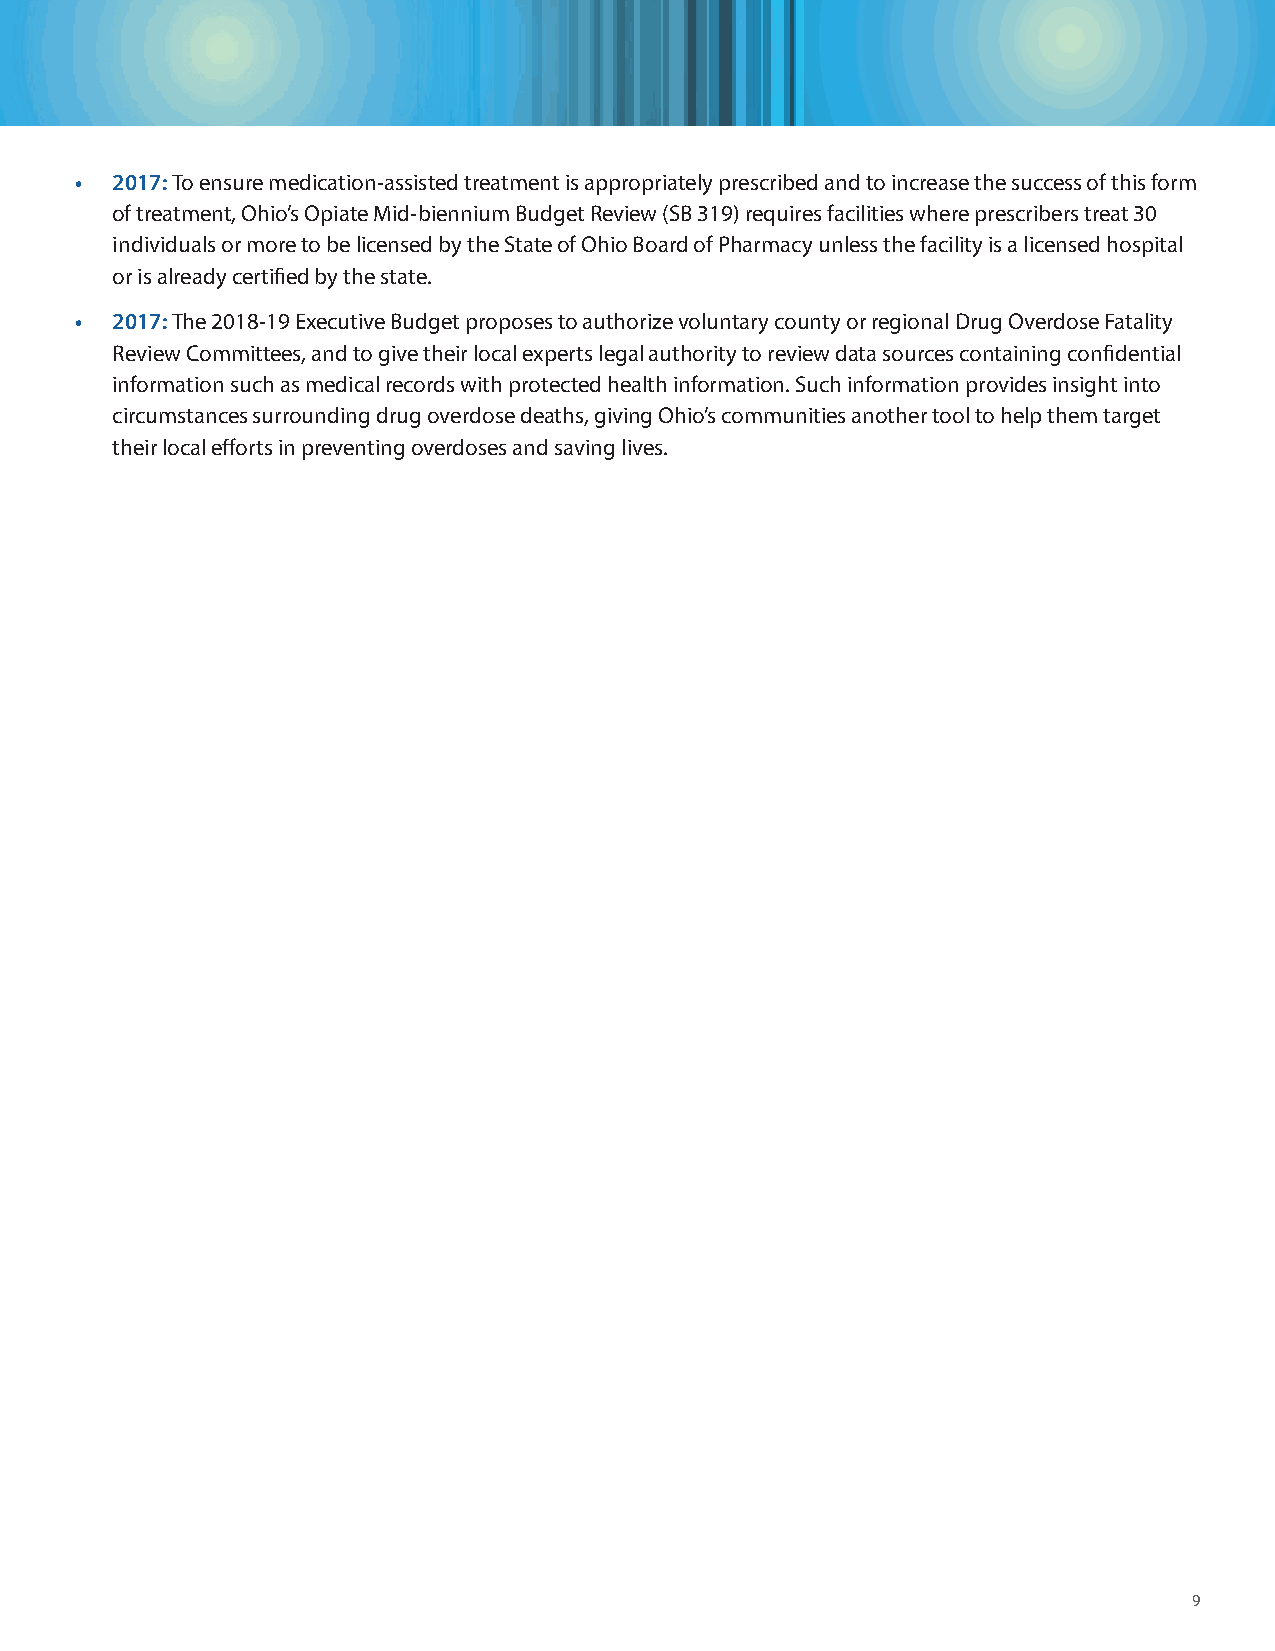
• 2017: To ensure medication-assisted treatment is appropriately prescribed and to increase the success of this form
 of treatment, Ohio’s Opiate Mid-biennium Budget Review (SB 319) requires facilities where prescribers treat 30
 individuals or more to be licensed by the State of Ohio Board of Pharmacy unless the facility is a licensed hospital
 or is already certified by the state.
 • 2017: The 2018-19 Executive Budget proposes to authorize voluntary county or regional Drug Overdose Fatality
 Review Committees, and to give their local experts legal authority to review data sources containing confidential
 information such as medical records with protected health information. Such information provides insight into
 circumstances surrounding drug overdose deaths, giving Ohio’s communities another tool to help them target
 their local efforts in preventing overdoses and saving lives.
 9